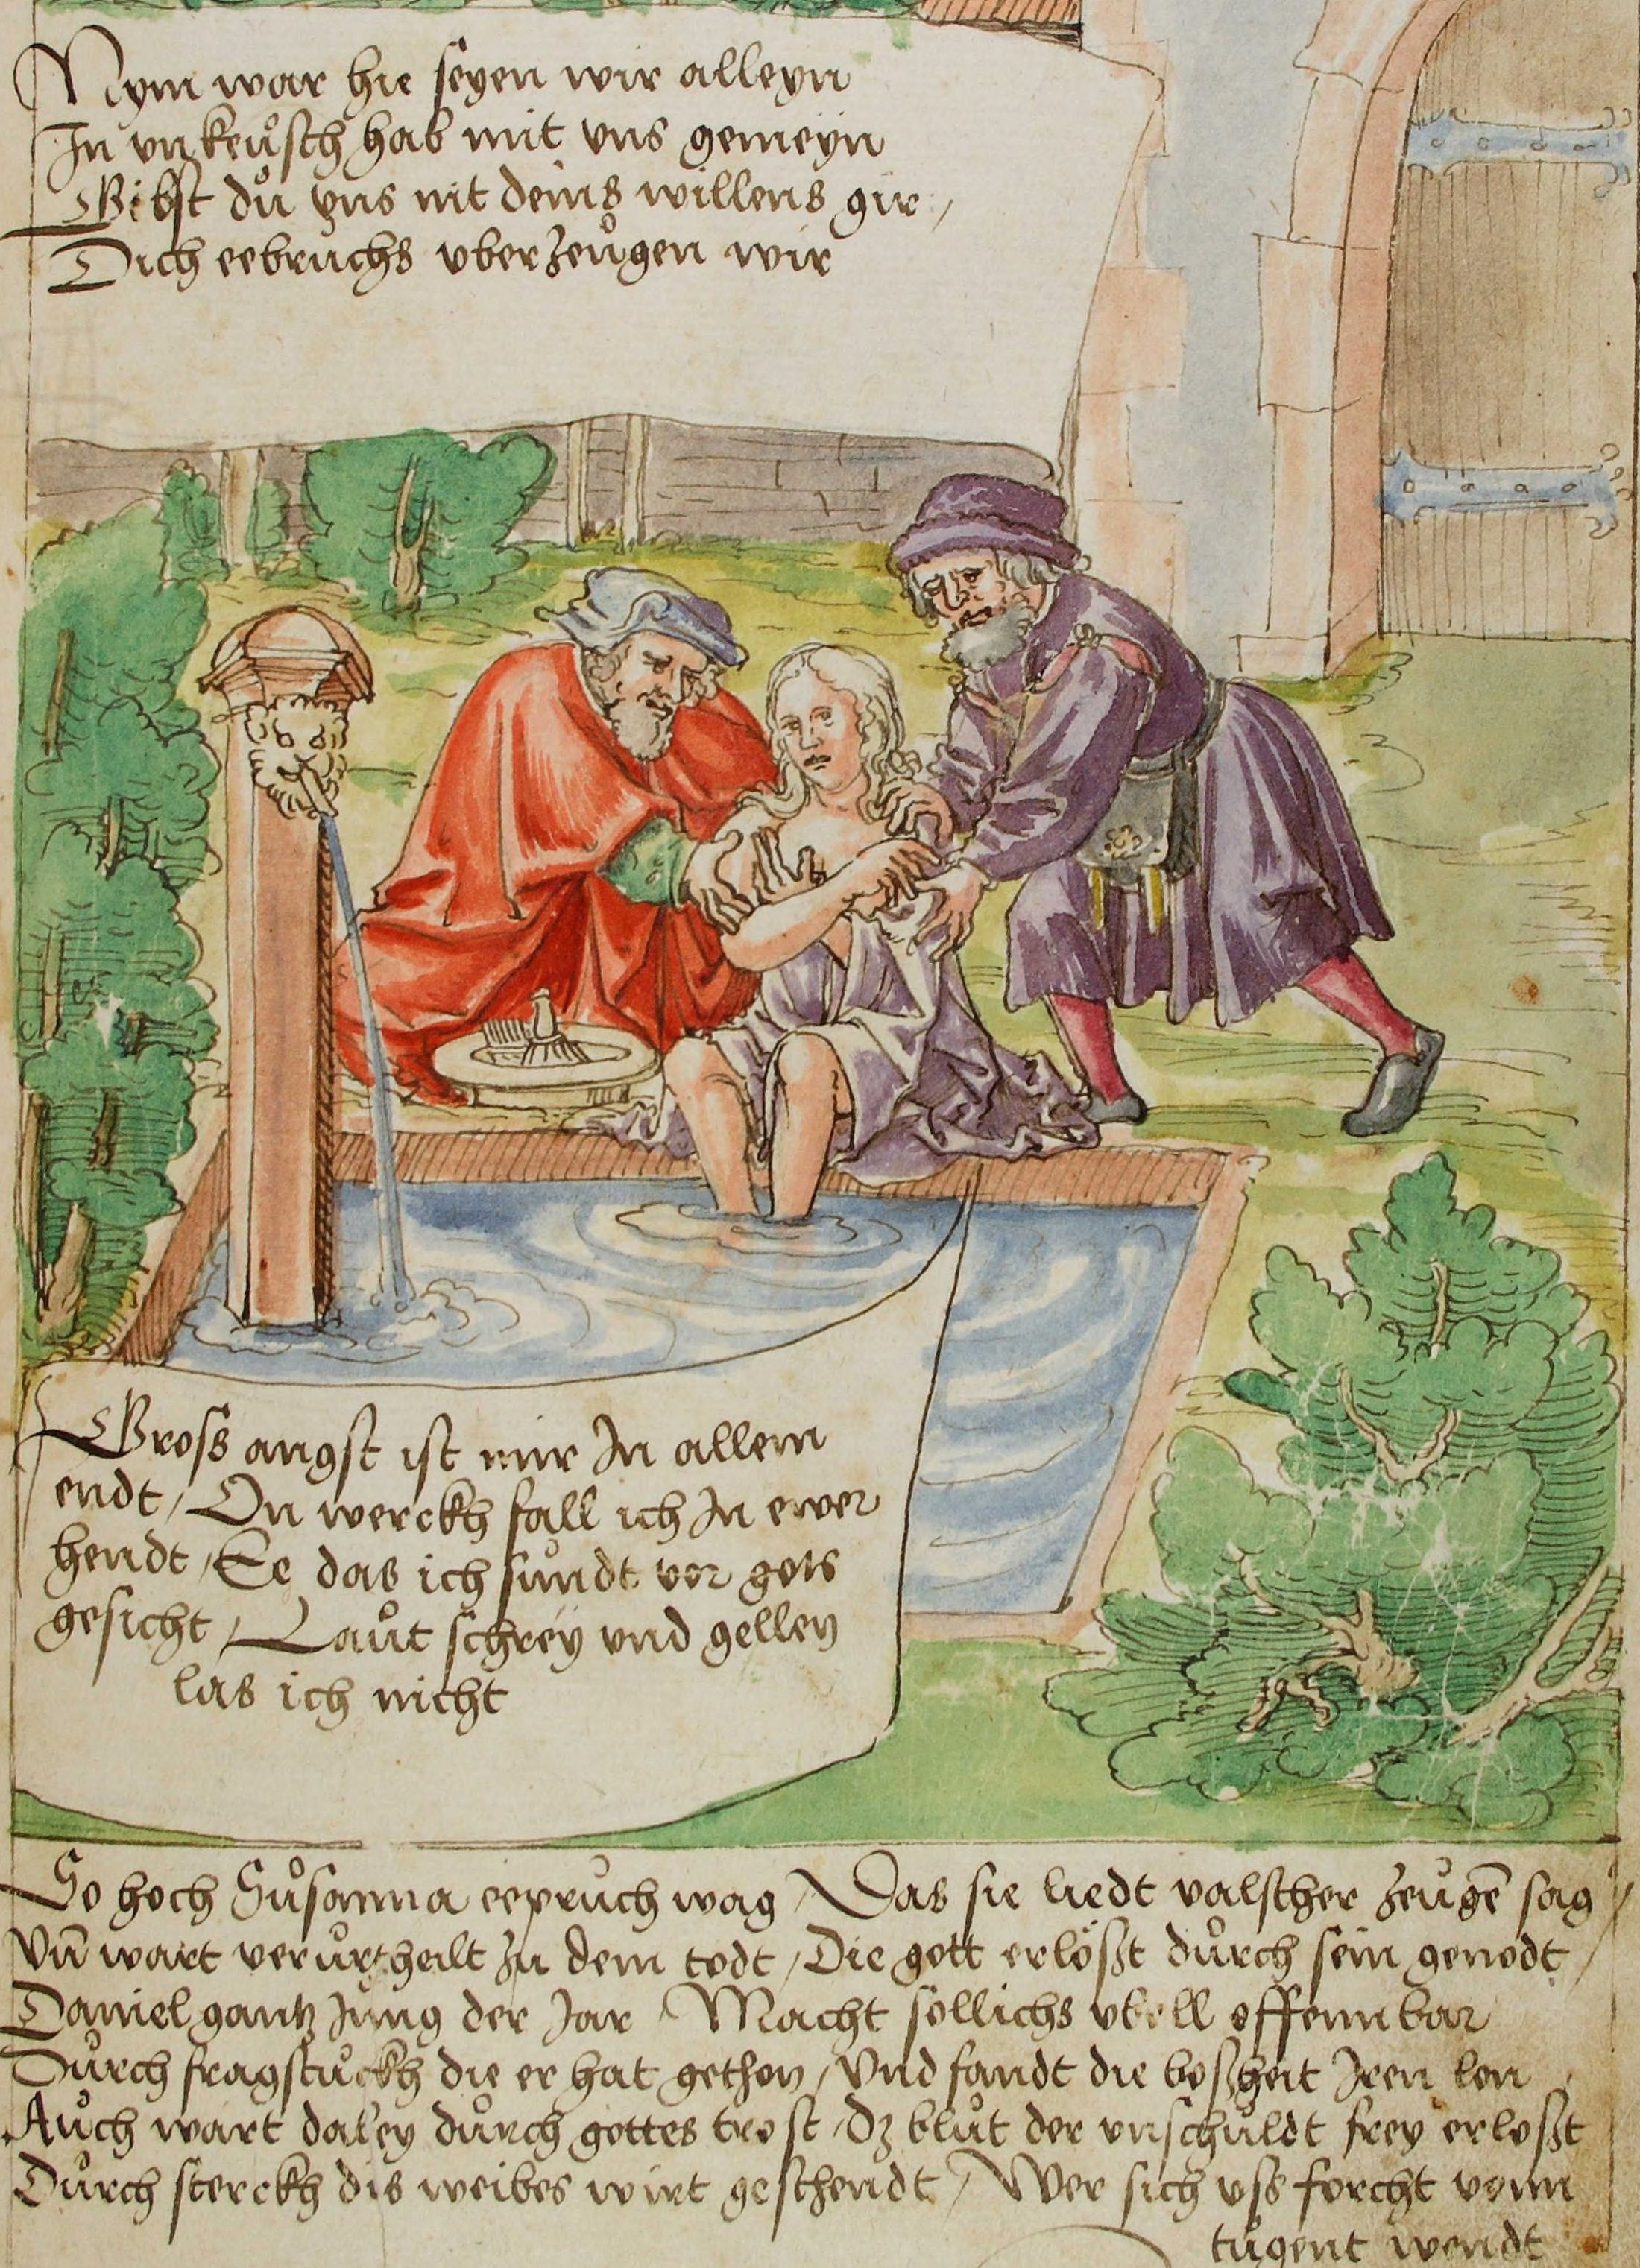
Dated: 1515–1555